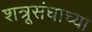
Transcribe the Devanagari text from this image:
शत्रूसंघाच्या